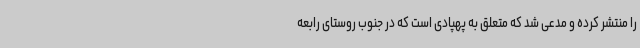
را منتشر کرده و مدعی شد که متعلق به پهپادی است که در جنوب روستای رابعه